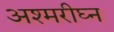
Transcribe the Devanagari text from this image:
अश्मरीघ्न